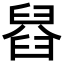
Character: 𦦂